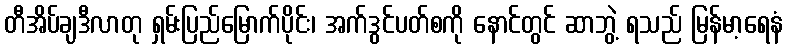
တီအိပ်ချဒီလာတု ရှမ်းပြည်မြောက်ပိုင်း၊ အက်ဒွင်ပတ်စကို နောင်တွင် ဆာဘွဲ့ ရသည် မြန်မာ့ရေနံ